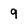
Character: 9